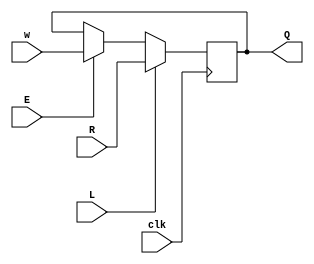
module top_module (
    input clk,
    input w, R, E, L,
    output reg Q
);
	wire mux1_out, d;
    assign mux1_out = E?w:Q;
    assign d = L?R:mux1_out;

	always @ (posedge clk)begin
        Q <= d;
    end
    
endmodule